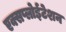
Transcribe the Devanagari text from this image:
एक्सप्लोईटेशन